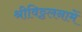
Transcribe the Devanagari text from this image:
श्रीविठ्ठलनामें